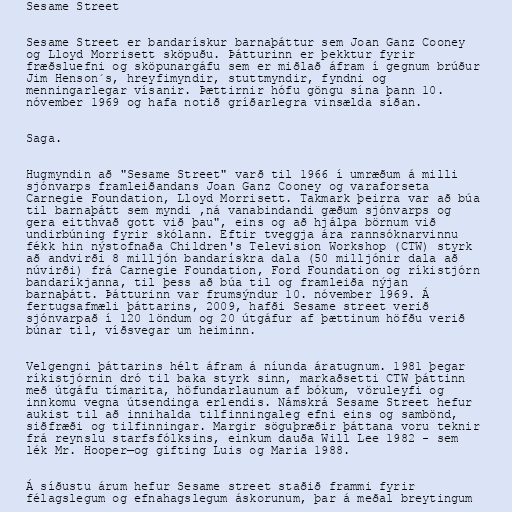
Sesame Street

Sesame Street er bandarískur barnaþáttur sem Joan Ganz Cooney
og Lloyd Morrisett sköpuðu. Þátturinn er þekktur fyrir
fræðsluefni og sköpunargáfu sem er miðlað áfram í gegnum brúður
Jim Henson´s, hreyfimyndir, stuttmyndir, fyndni og
menningarlegar vísanir. Þættirnir hófu göngu sína þann 10.
nóvember 1969 og hafa notið gríðarlegra vinsælda síðan.

Saga.

Hugmyndin að "Sesame Street" varð til 1966 í umræðum á milli
sjónvarps framleiðandans Joan Ganz Cooney og varaforseta
Carnegie Foundation, Lloyd Morrisett. Takmark þeirra var að búa
til barnaþátt sem myndi ,ná vanabindandi gæðum sjónvarps og
gera eitthvað gott við þau", eins og að hjálpa börnum við
undirbúning fyrir skólann. Eftir tveggja ára rannsóknarvinnu
fékk hin nýstofnaða Children's Television Workshop (CTW) styrk
að andvirði 8 milljón bandarískra dala (50 milljónir dala að
núvirði) frá Carnegie Foundation, Ford Foundation og ríkistjórn
bandaríkjanna, til þess að búa til og framleiða nýjan
barnaþátt. Þátturinn var frumsýndur 10. nóvember 1969. Á
fertugsafmæli þáttarins, 2009, hafði Sesame street verið
sjónvarpað í 120 löndum og 20 útgáfur af þættinum höfðu verið
búnar til, víðsvegar um heiminn.

Velgengni þáttarins hélt áfram á níunda áratugnum. 1981 þegar
ríkistjórnin dró til baka styrk sinn, markaðsetti CTW þáttinn
með útgáfu tímarita, höfundarlaunum af bókum, vöruleyfi og
innkomu vegna útsendinga erlendis. Námskrá Sesame Street hefur
aukist til að innihalda tilfinningaleg efni eins og sambönd,
siðfræði og tilfinningar. Margir söguþræðir þáttana voru teknir
frá reynslu starfsfólksins, einkum dauða Will Lee 1982 - sem
lék Mr. Hooper—og gifting Luis og Maria 1988.

Á síðustu árum hefur Sesame street staðið frammi fyrir
félagslegum og efnahagslegum áskorunum, þar á meðal breytingum